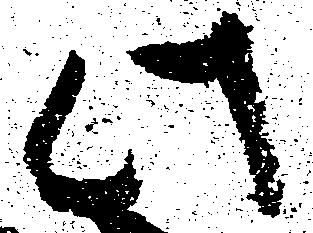
此